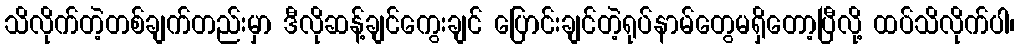
သိလိုက်တဲ့တစ်ချက်တည်းမှာ ဒီလိုဆန့်ချင်ကွေးချင် ပြောင်းချင်တဲ့ရုပ်နာမ်တွေမရှိတော့ပြီလို့ ထပ်သိလိုက်ပါ၊